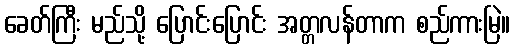
ခေတ်ကြီး မည်သို့ ပြောင်းပြောင်း အတ္တလန်တာက စည်ကားမြဲ။